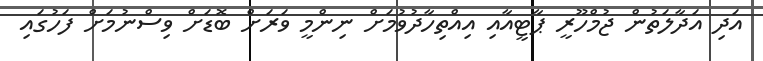
އަދި އަދާލަތުން ޖުމްހޫރީ ޕާޓީއާއި އިއްތިހާދުވުމަށް ނިންމީ ވަރަށް ބޮޑަށް ވިސްނުމަށް ފަހުގައި